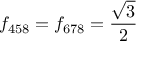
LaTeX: f _ { 4 5 8 } = f _ { 6 7 8 } = { \frac { \sqrt { 3 } } { 2 } }